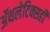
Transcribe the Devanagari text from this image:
ॲथलेटिक्सही